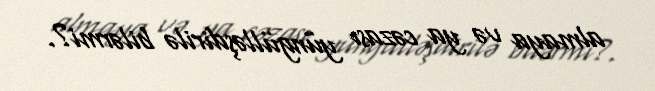
almaya və ya cəzası yüngülləşdirilə bilərmi?.